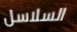
السلاسل